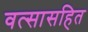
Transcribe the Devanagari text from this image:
वत्सासहित